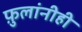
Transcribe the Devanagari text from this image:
फ़ुलांनीही